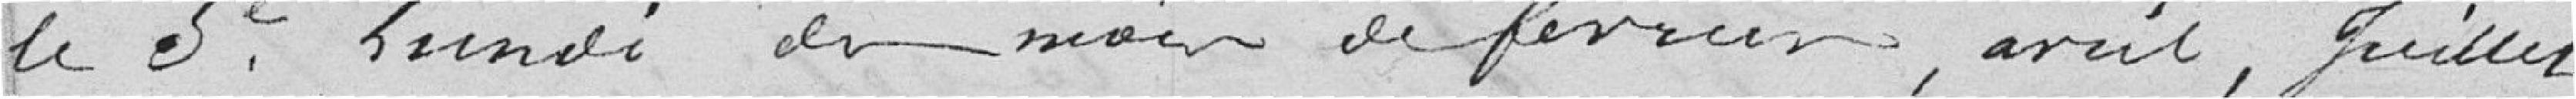
le 3ème lundi des mois de février, avril, Juillet,